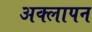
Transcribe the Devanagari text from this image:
अक्लापन